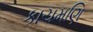
કાચમણિ